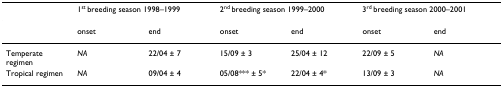
|  | <COLSPAN=2> 1st breeding season 1998–1999 | <COLSPAN=2> 2nd breeding season 1999–2000 | <COLSPAN=2> 3rd breeding season 2000–2001 |
 | --- | --- | --- | --- | --- | --- | --- |
 |  | onset | end | onset | end | onset | end |
 | Temperate regimen | NA | 22/04 ± 7 | 15/09 ± 3 | 25/04 ± 12 | 22/09 ± 5 | NA |
 | Tropical regimen | NA | 09/04 ± 4 | 05/08*** ± 5* | 22/04 ± 4* | 13/09 ± 3 | NA |